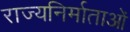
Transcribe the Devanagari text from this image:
राज्यनिर्माताओं